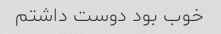
خوب بود دوست داشتم